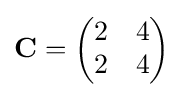
\mathbf {C} ={\begin{pmatrix}2&4\\2&4\end{pmatrix}}